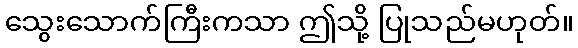
သွေးသောက်ကြီးကသာ ဤသို့ ပြုသည်မဟုတ်။